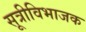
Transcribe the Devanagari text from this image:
सूत्रीविभाजक